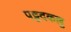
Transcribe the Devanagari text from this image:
पट्टदकल्लु